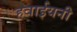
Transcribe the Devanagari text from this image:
हवाईयनी